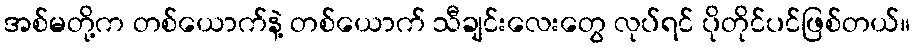
အစ်မတို့က တစ်ယောက်နဲ့ တစ်ယောက် သီချင်းလေးတွေ လုပ်ရင် ပိုတိုင်ပင်ဖြစ်တယ်။